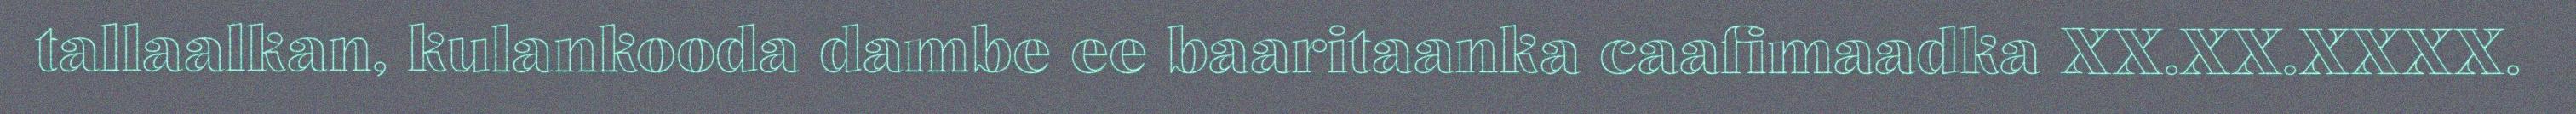
tallaalkan, kulankooda dambe ee baaritaanka caafimaadka XX.XX.XXXX.